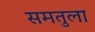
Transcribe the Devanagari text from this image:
समतुला